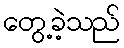
တွေ့ခဲ့သည်